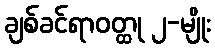
ချစ်ခင်ရာဝတ္ထု ၂-မျိုး